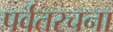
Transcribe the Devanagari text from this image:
पर्वतरचना